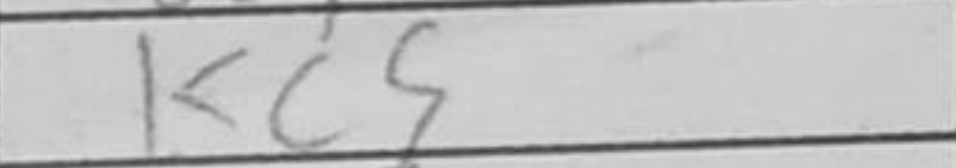
Transcription: a4